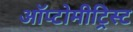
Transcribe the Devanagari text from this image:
ऑप्टोमीट्रिस्ट